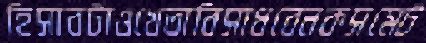
হিসাবটাওখেতাবিসাধবেনকসমেট